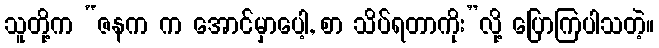
သူတို့က “ဇနက က အောင်မှာပေါ့, စာ သိပ်ရတာကိုး”လို့ ပြောကြပါသတဲ့။